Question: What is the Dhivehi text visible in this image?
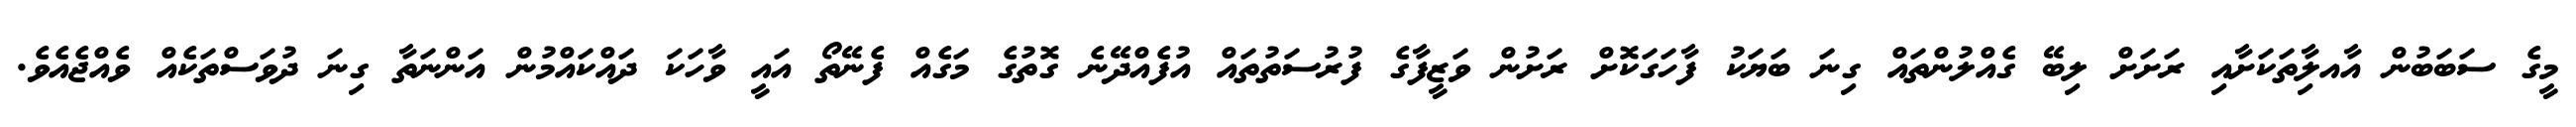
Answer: މީގެ ސަބަބުން އާއލިާތަކަށާއި ރަށަށް ލިބޭ ގެއްލުންތައް ގިނަ ބަޔަކު ފާހަގަކޮށް ރަށުން ވަޒީފާގެ ފުރުސަތުތައް އުފެއްދޭނެ ގޮތުގެ މަގެއް ފެނޭތޯ އައީ ވާހަކަ ދައްކައްމުން އަންނަތާ ގިނަ ދުވަސްތަކެއް ވެއްޖެއެވެ.